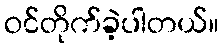
ဝင်တိုက်ခဲ့ပါတယ်။